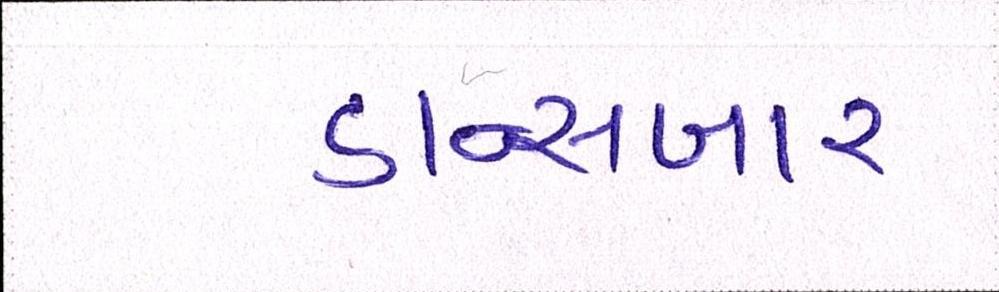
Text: ડાન્સબાર